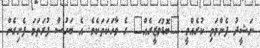
ނަޝީދު ފެންމަތި ކުރެއްވީ "ބޮޑުވަޒީރެއް" ގެ ވާހަކަތަކެވެ. އެ ބަހުސް ފުރަތަމަ ފެށިގެން